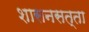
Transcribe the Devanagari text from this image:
शासनसत्‍ता